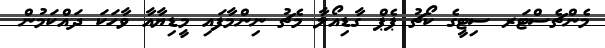
މެންޗެސްޓަރ ސިޓީގެ ކޯޗު ޕެޕް ގާޑިއޯލާ މެޗު ނިންމާފައި މީޑިޔާއާ ވާހަކަ ދައްކަމުން